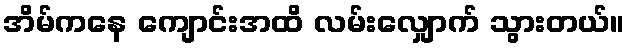
အိမ်ကနေ ကျောင်းအထိ လမ်းလျှောက် သွားတယ်။